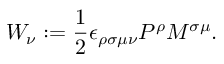
W _ { \nu } : = \frac { 1 } { 2 } \epsilon _ { \rho \sigma \mu \nu } P ^ { \rho } M ^ { \sigma \mu } .